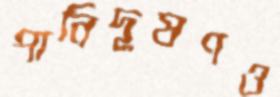
পানিদূষণও